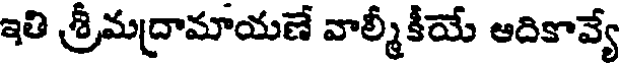
ఇతి శ్రీమద్రామాయణే వాల్మీకీయే ఆదికావ్యే